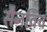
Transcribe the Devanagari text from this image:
सैनविच